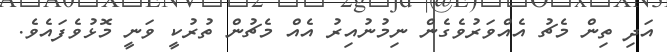
އަދި ތިން މެޗު އެއްވަރުވެގެން ނިމުނުއިރު އެއް މެޗުން ތުރުކީ ވަނީ މޮޅުވެފައެވެ.